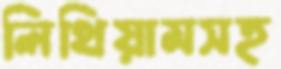
লিথিয়ামসহ